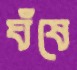
ঘঁষে